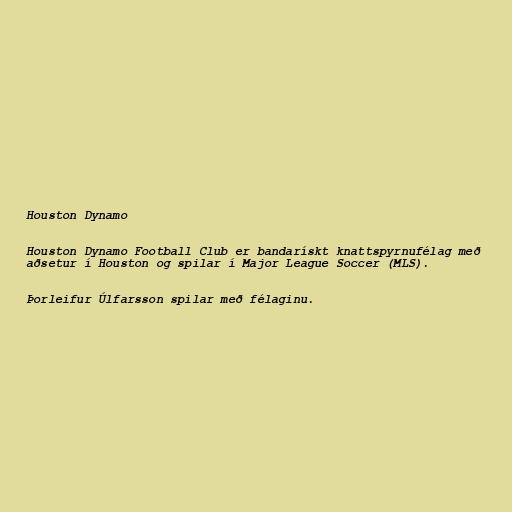
Houston Dynamo

Houston Dynamo Football Club er bandarískt knattspyrnufélag með
aðsetur í Houston og spilar í Major League Soccer (MLS).

Þorleifur Úlfarsson spilar með félaginu.